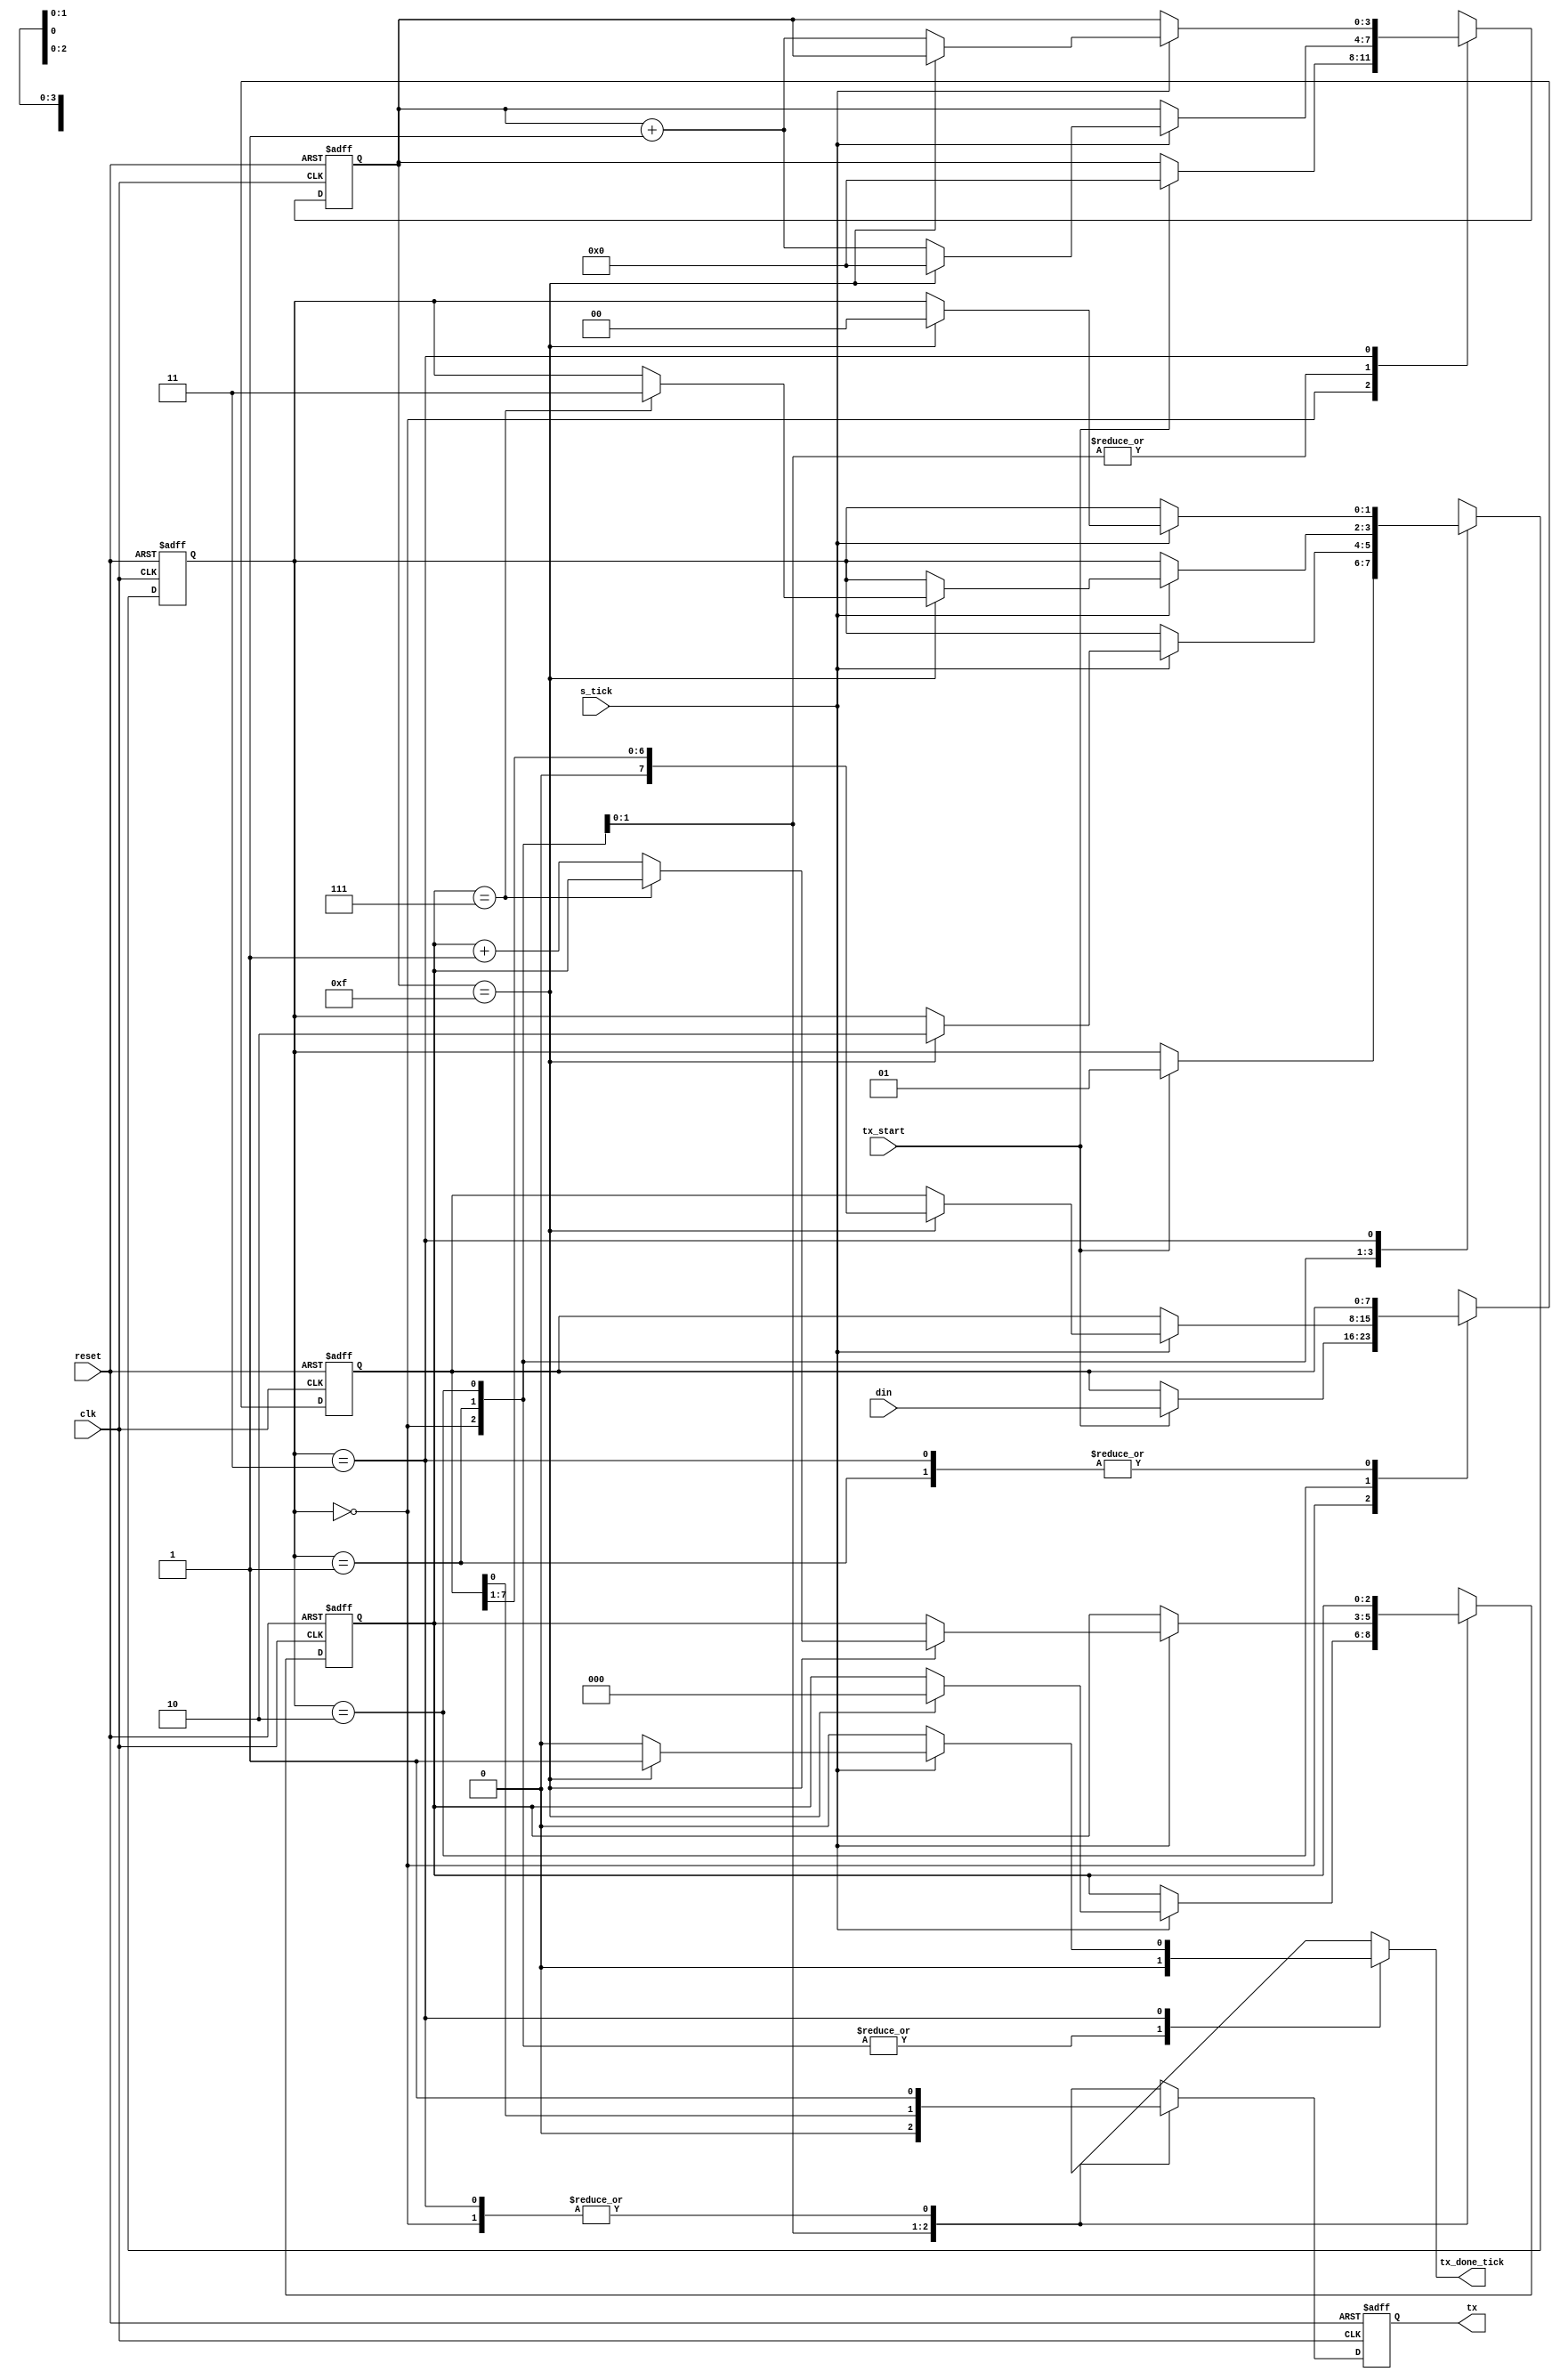
module UART_TX 
 #( parameter DBIT = 8, SB_TICK = 16 ) 
 ( 
  input 	wire 			clk,reset, 
  input 	wire 			tx_start, s_tick, 
  input 	wire 	[7:0] din, 
  output reg 			tx_done_tick, 
  output wire 			tx 
 ); 
  
 localparam [1:0] 
 idle = 2'b00, 
 start = 2'b01, 
 data = 2'b10, 
 stop = 2'b11; 
  
 reg [1:0] state_reg, state_next; 
 reg [3:0] s_reg, s_next; 
 reg [2:0] n_reg, n_next; 
 reg [7:0] b_reg, b_next; 
 reg tx_reg, tx_next; 
  
  
 always@(posedge clk, posedge reset) 
  if (reset) 
   begin 
    state_reg<= idle; 
    s_reg<= 4'd0; 
    n_reg<= 3'd0; 
    b_reg<= 8'd0; 
    tx_reg<= 1'b1; 
   end 
  else 
   begin 
    state_reg<= state_next; 
    s_reg<= s_next; 
    n_reg<= n_next; 
    b_reg<= b_next; 
    tx_reg<= tx_next; 
     
   end 
  
 always@* 
 begin 
 state_next = state_reg; 
 tx_done_tick = 1'b0; 
 s_next = s_reg; 
 n_next = n_reg; 
 b_next = b_reg; 
 tx_next = tx_reg; 
  
 case(state_reg) 
  idle: 
   begin 
    tx_next = 1'b1; 
    if (tx_start) 
     begin 
      state_next = start; 
      s_next = 0; 
      b_next = din; 
     end 
    end 
   start: 
    begin 
     tx_next = 1'b0; 
     if (s_tick) 
      if(s_reg==15) 
       begin 
        state_next = data; 
        s_next=0; 
        n_next=0; 
       end 
      else 
       s_next=s_reg+4'd1; 
    end 
	data: 
    begin 
     tx_next = b_reg[0]; 
     if(s_tick) 
      if(s_reg==15) 
       begin 
        s_next = 0; 
        b_next = b_reg>> 1; 
        if (n_reg==(DBIT-1)) 
         state_next = stop; 
        else 
         n_next = n_reg +3'd1; 
       end 
      else 
       s_next = s_reg + 4'd1; 
    end 
   stop: 
    begin 
     tx_next = 1'b1; 
     if (s_tick) 
      if (s_reg==(SB_TICK-1)) 
       begin 
        state_next = idle; 
        tx_done_tick = 1'b1; 
       end 
      else 
       s_next = s_reg + 4'd1; 
    end 
    endcase 
  end 
   
  assign tx=tx_reg; 
   
 endmodule